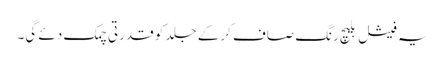
یہ فیشل بلیچ رنگ صاف کرکے جلد کو قدرتی چمک دئے گی۔